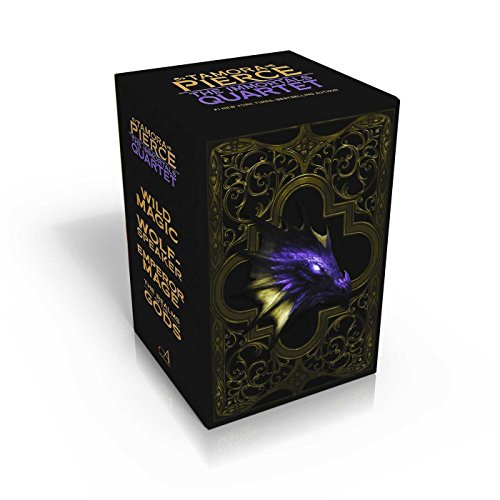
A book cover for The Immortals Quartet: Wild Magic; Wolf-Speaker; Emperor Mage; The Realms of the Gods; Tamora Pierce; Teen & Young Adult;